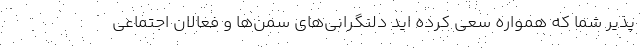
پذیر شما که همواره سعی کرده اید دلنگرانی‌های سمن‌ها و فعالان اجتماعی